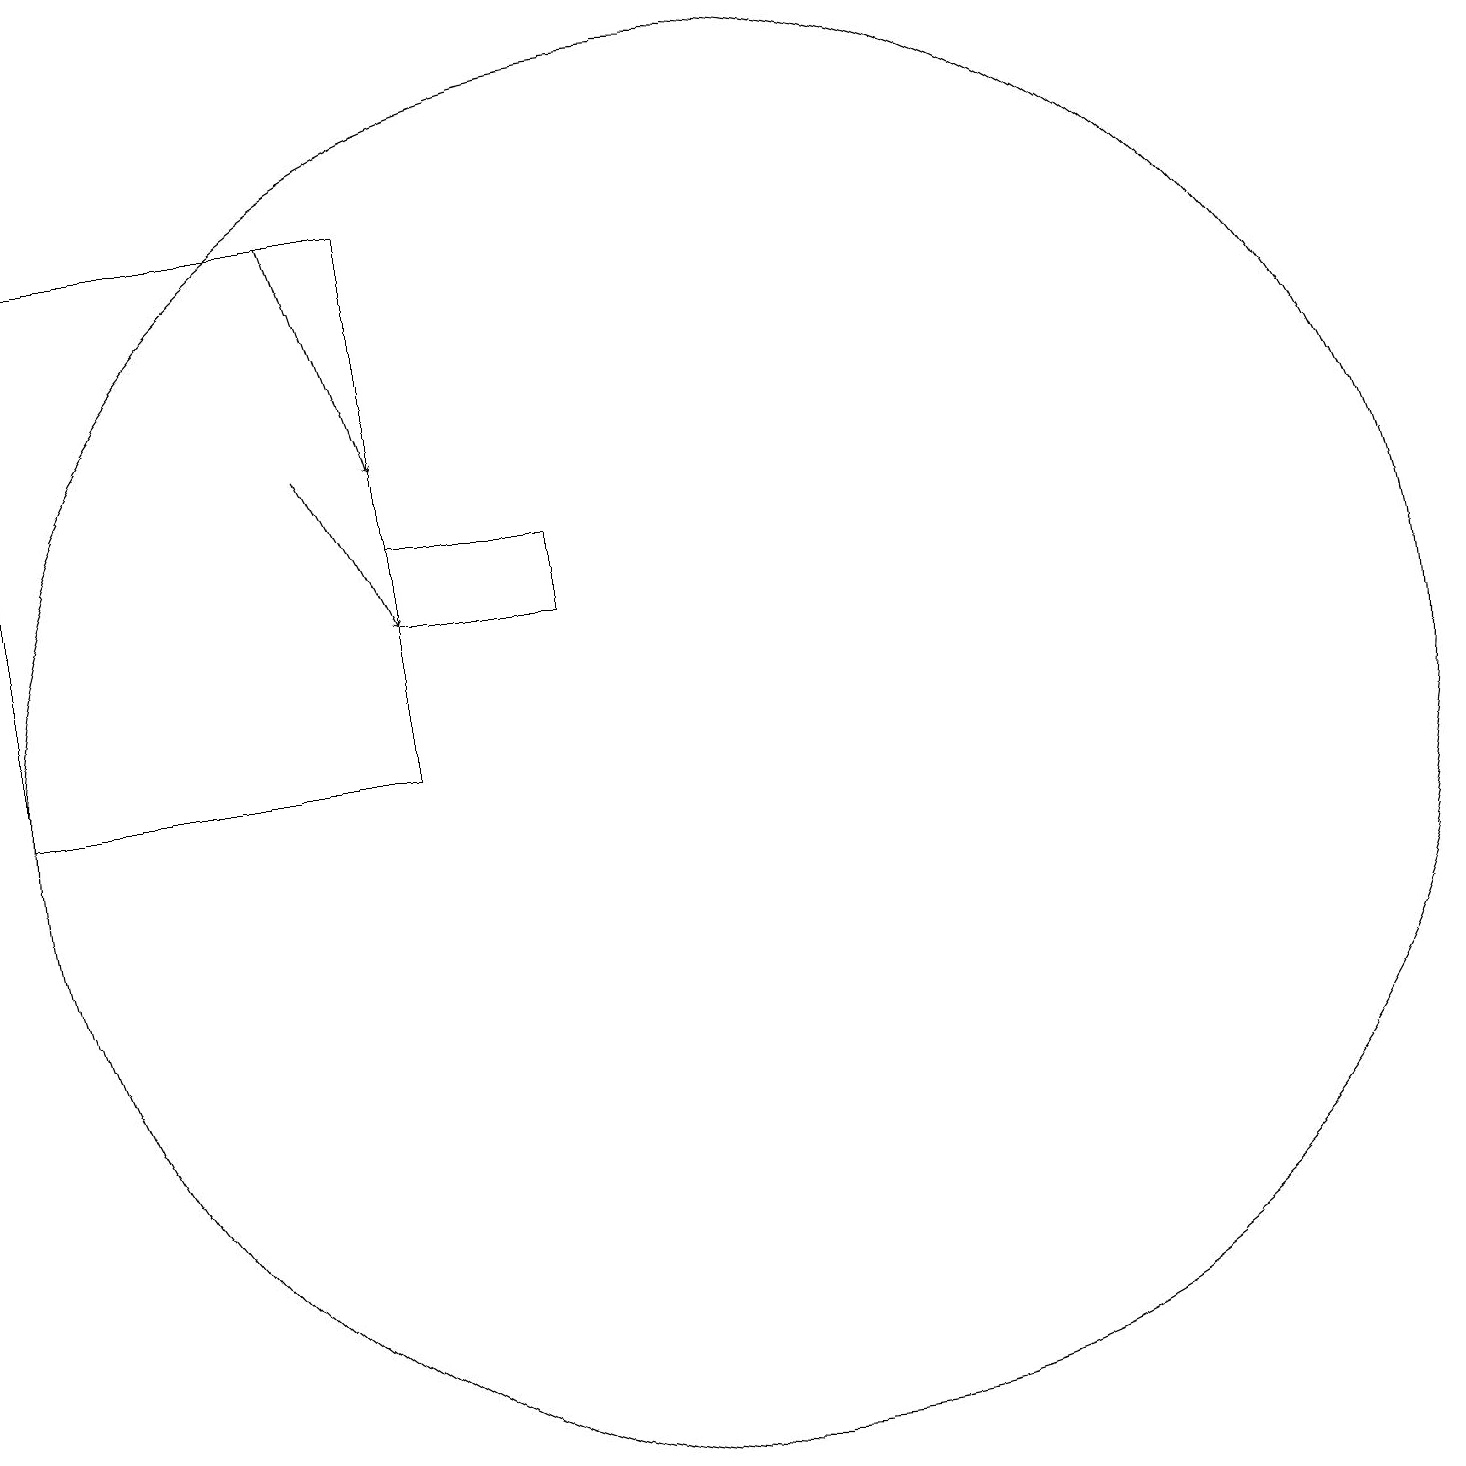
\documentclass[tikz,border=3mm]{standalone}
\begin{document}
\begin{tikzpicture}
\draw (8,13) rectangle (6,14);
\draw (6,18) rectangle (1,11);
\draw (10,11) circle (9);
\draw[->] (5,15) -- (6,13);
\draw[->] (5,18) -- (6,15);
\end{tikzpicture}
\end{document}